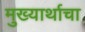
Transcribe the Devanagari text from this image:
मुख्यार्थाचा